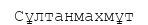
Сұлтанмахмұт